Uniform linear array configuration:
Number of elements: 64
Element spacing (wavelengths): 0.5
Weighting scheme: uniform
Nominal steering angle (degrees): -45
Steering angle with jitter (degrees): -46.64
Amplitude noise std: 0.05
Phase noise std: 0.05

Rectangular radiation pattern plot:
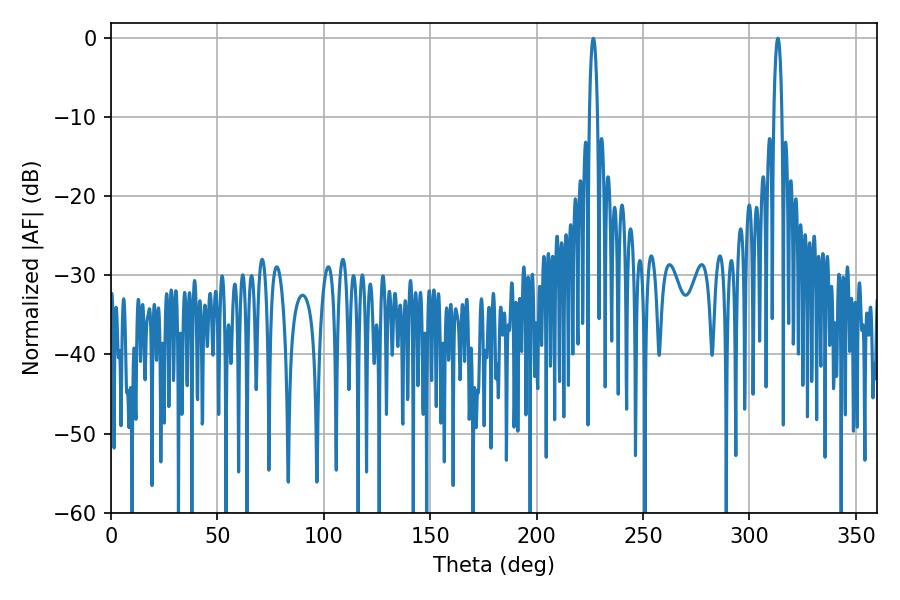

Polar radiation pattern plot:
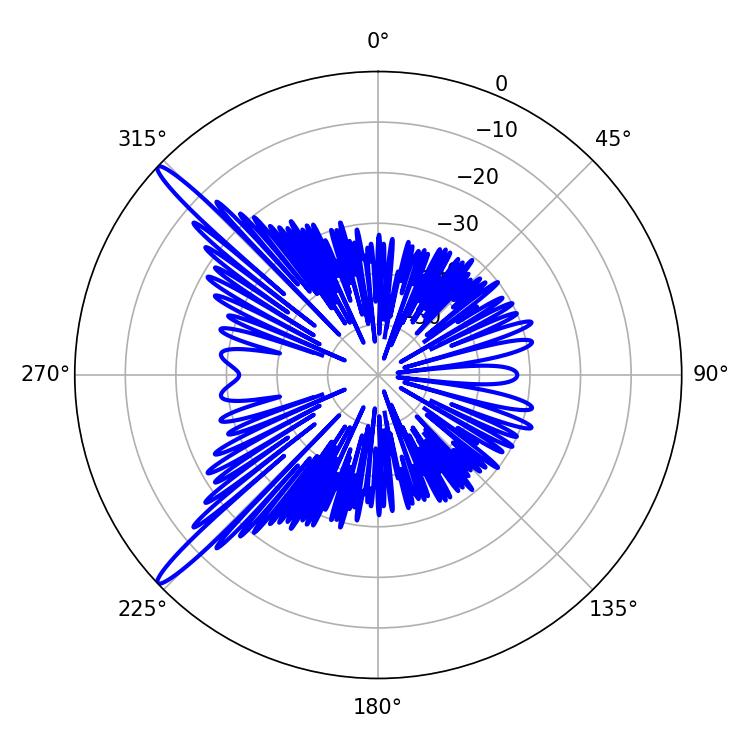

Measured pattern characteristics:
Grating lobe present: FALSE
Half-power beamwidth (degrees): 2.16
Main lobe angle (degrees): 226.62